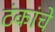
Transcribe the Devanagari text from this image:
टंकांचे